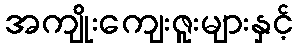
အကျိုးကျေးဇူးများနှင့်